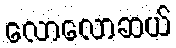
လောလောဆယ်